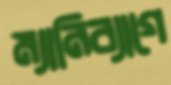
ম্যানিব্যাগে